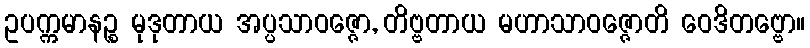
ဥပက္ကမာနဉ္စ မုဒုတာယ အပ္ပသာဝဇ္ဇော, တိဗ္ဗတာယ မဟာသာဝဇ္ဇောတိ ဝေဒိတဗ္ဗော။